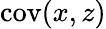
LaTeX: \mathrm{cov}(x,z)